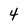
Character: 4